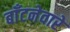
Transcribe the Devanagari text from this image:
बाँटनेवारे